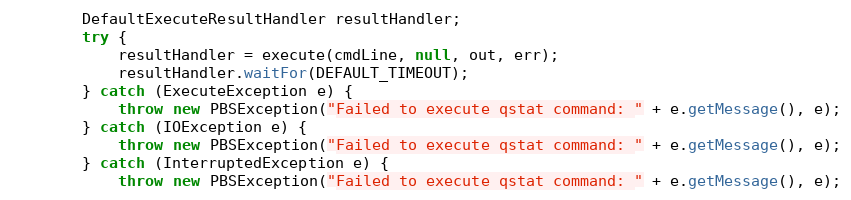
Language: Java
        DefaultExecuteResultHandler resultHandler;
        try {
            resultHandler = execute(cmdLine, null, out, err);
            resultHandler.waitFor(DEFAULT_TIMEOUT);
        } catch (ExecuteException e) {
            throw new PBSException("Failed to execute qstat command: " + e.getMessage(), e);
        } catch (IOException e) {
            throw new PBSException("Failed to execute qstat command: " + e.getMessage(), e);
        } catch (InterruptedException e) {
            throw new PBSException("Failed to execute qstat command: " + e.getMessage(), e);